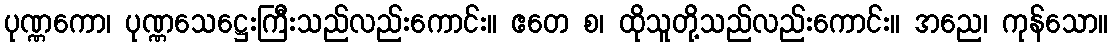
ပုဏ္ဏကော၊ ပုဏ္ဏသေဋ္ဌေးကြီးသည်လည်းကောင်း။ ဧတေ စ၊ ထိုသူတို့သည်လည်းကောင်း။ အညေ၊ ကုန်သော။